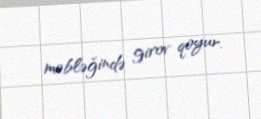
məbləğində girov qoyur.